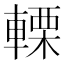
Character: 𨍫